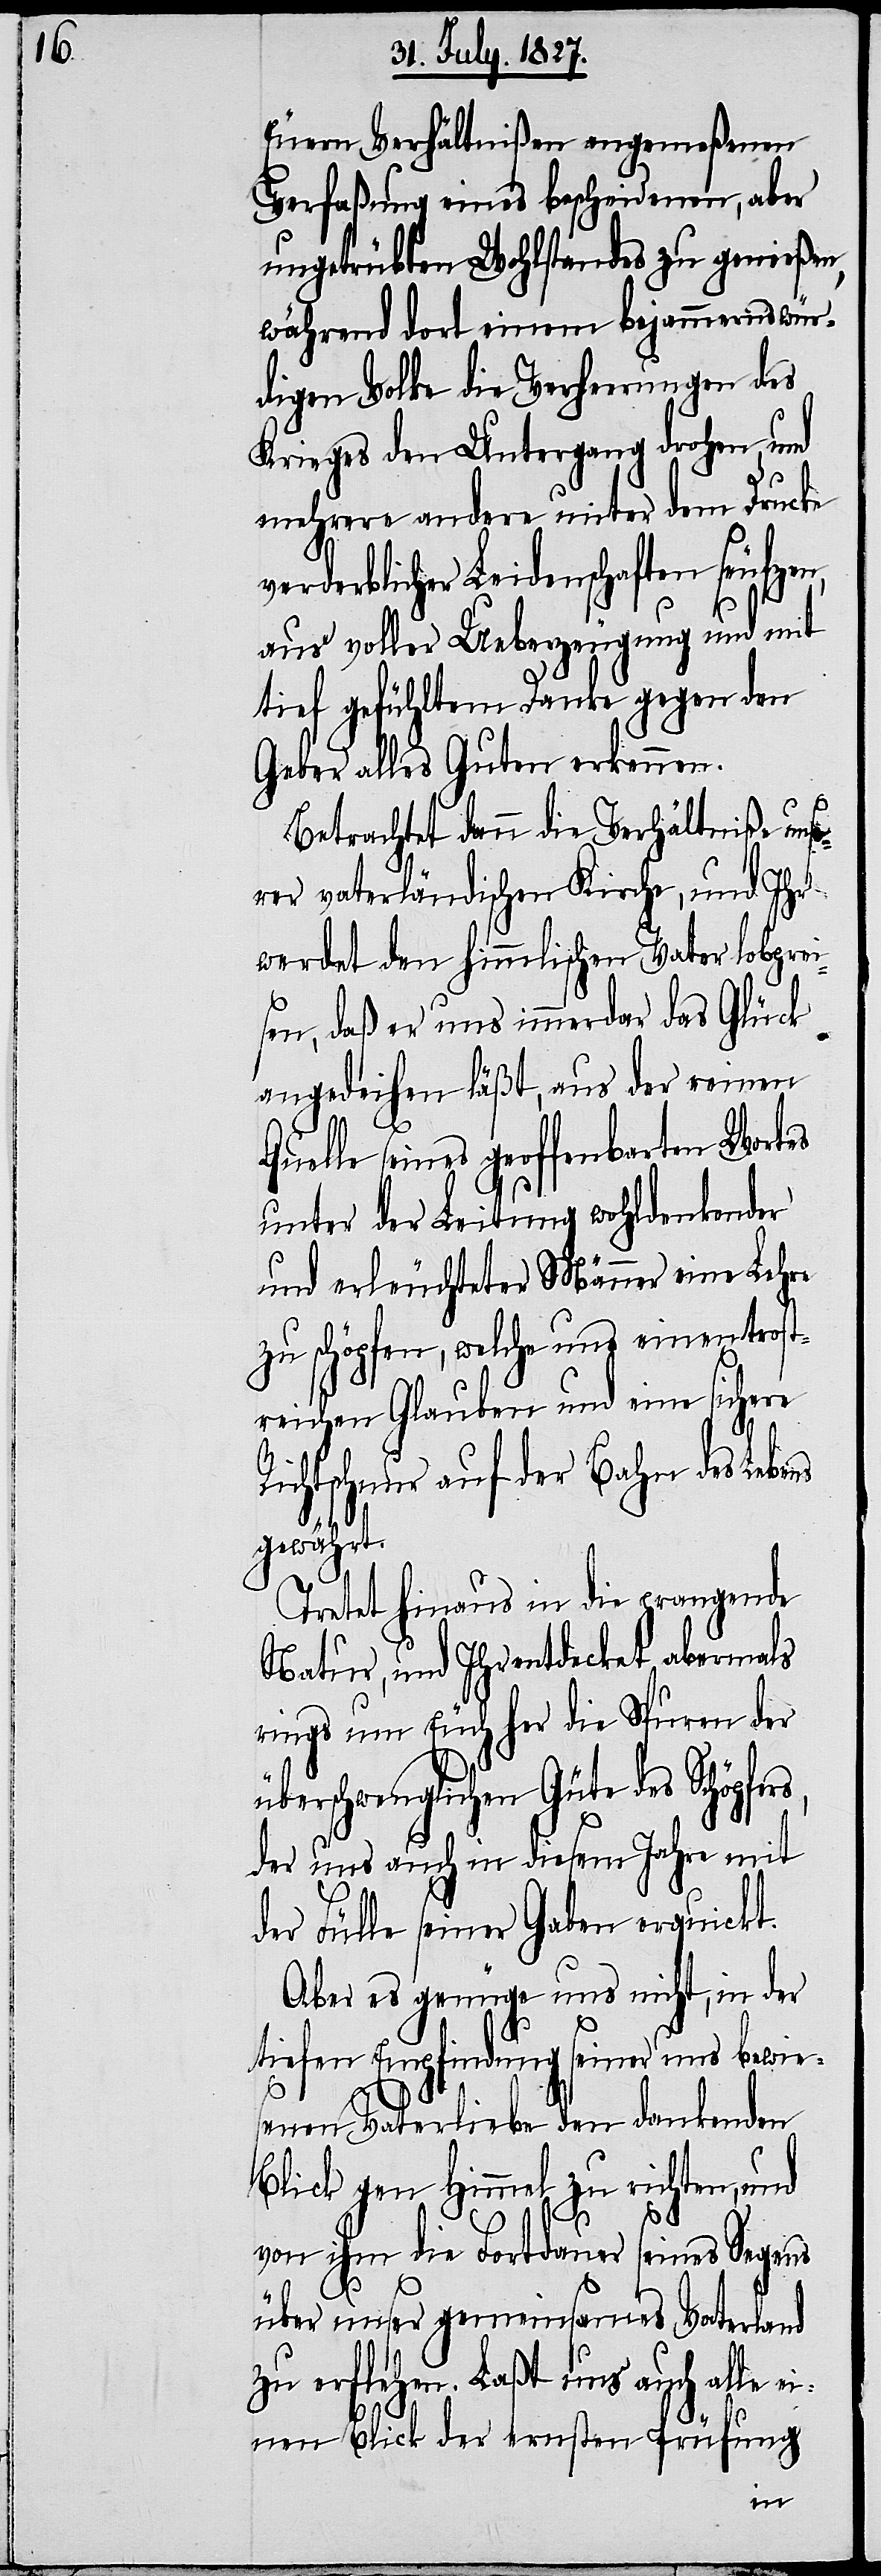
Euern Verhältnißen angemeßenen
Verfaßung eines bescheidenen, aber
ungetrübten Wohlstandes zu genießen,
während dort einem bejammernswür¬
digen Volke die Verheerungen des
Krieges den Untergang drohen und
mehrere andere unter dem Drucke
verderblicher Leidenschaften seufzen,
aus voller Ueberzeugung und mit
tief gefühltem Danke gegen den
Geber alles Guten erkennen.
Betrachtet dann die Verhältniße unse¬
rer vaterländischen Kirche, und Ihr
werdet den himmlischen Vater lobprei¬
sen, daß er uns immerdar das Glück
angedeihen läßt, aus der reinen
Quelle seines geoffenbarten Wortes
unter der Leitung wohldenkender
und erleuchteter Männer eine Lehre
zu schöpfen, welche uns einen trost¬
reichen Glauben und eine sichere
Richtschnur auf der Bahn des Lebens
gewährt.
Tretet hinaus in die prangende
Natur, und Ihr entdecket abermals
rings um Euch her die Spuren der
überschwenglichen Güte des Schöpfers,
der uns auch in diesem Jahre mit
der Fülle seiner Gaben erquickt.
Aber es genüge uns nicht, in der
tiefen Empfindung seiner uns bewie¬
senen Vaterliebe den dankenden
Blick gen Himmel zu richten, und
von ihm die Fortdauer seines Segens
über unser gemeinsames Vaterland
zu erflehen. Laßt uns auch alle e¬
inen Blick der ernsten Prüfung